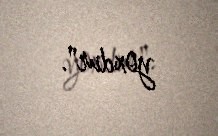
yoxdur".